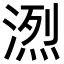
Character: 𪶭